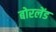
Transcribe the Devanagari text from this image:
बोरलेंड